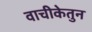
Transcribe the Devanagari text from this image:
वाचीकेतुन